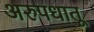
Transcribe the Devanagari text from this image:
अरुपधातू